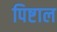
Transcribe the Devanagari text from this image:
पिष्टाल